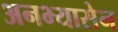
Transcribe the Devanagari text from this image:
अनभ्यासेन